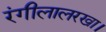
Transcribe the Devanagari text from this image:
रंगीलालरखा।